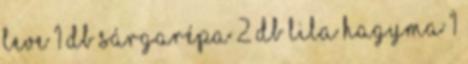
leve 1 db sárgarépa 2 db lila hagyma 1